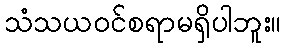
သံသယဝင်စရာမရှိပါဘူး။